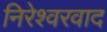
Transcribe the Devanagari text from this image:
निरेश्वरवाद